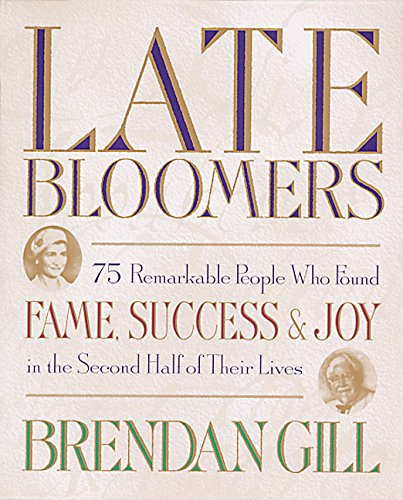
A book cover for Late Bloomers; Brendan Gill; Self-Help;